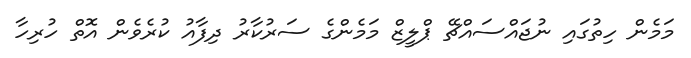
މަމެން ހިތުގައި ނުޖައްސައްޗޭ ޕްލީޒް މަމެންގެ ސަރުކާރު ދިފާއު ކުރެވެން އޮތް ހުރިހާ